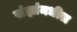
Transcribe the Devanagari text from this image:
संज्ञांमधील